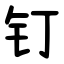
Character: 钉